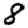
Digit: 8